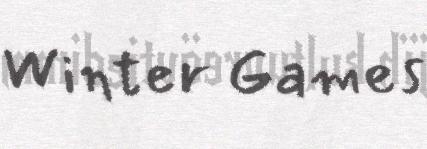
Winter Games